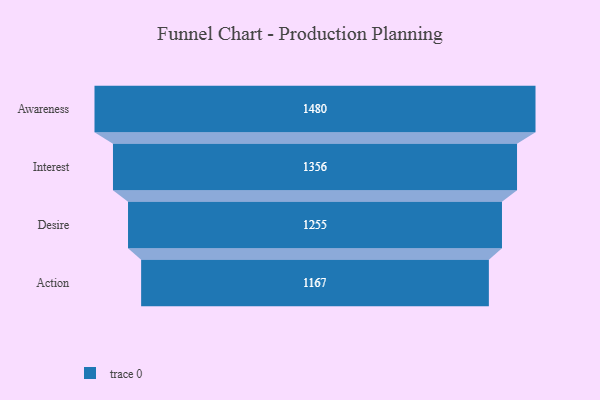
{"axis": {"x": "Stage", "y": "Value"}, "legend": [""], "data": [{"x": "Awareness", "y": 1480.0, "type": ""}, {"x": "Interest", "y": 1356.0, "type": ""}, {"x": "Desire", "y": 1255.0, "type": ""}, {"x": "Action", "y": 1167.0, "type": ""}]}